Jaan_Tonisson_(Lasteleht), lk 191
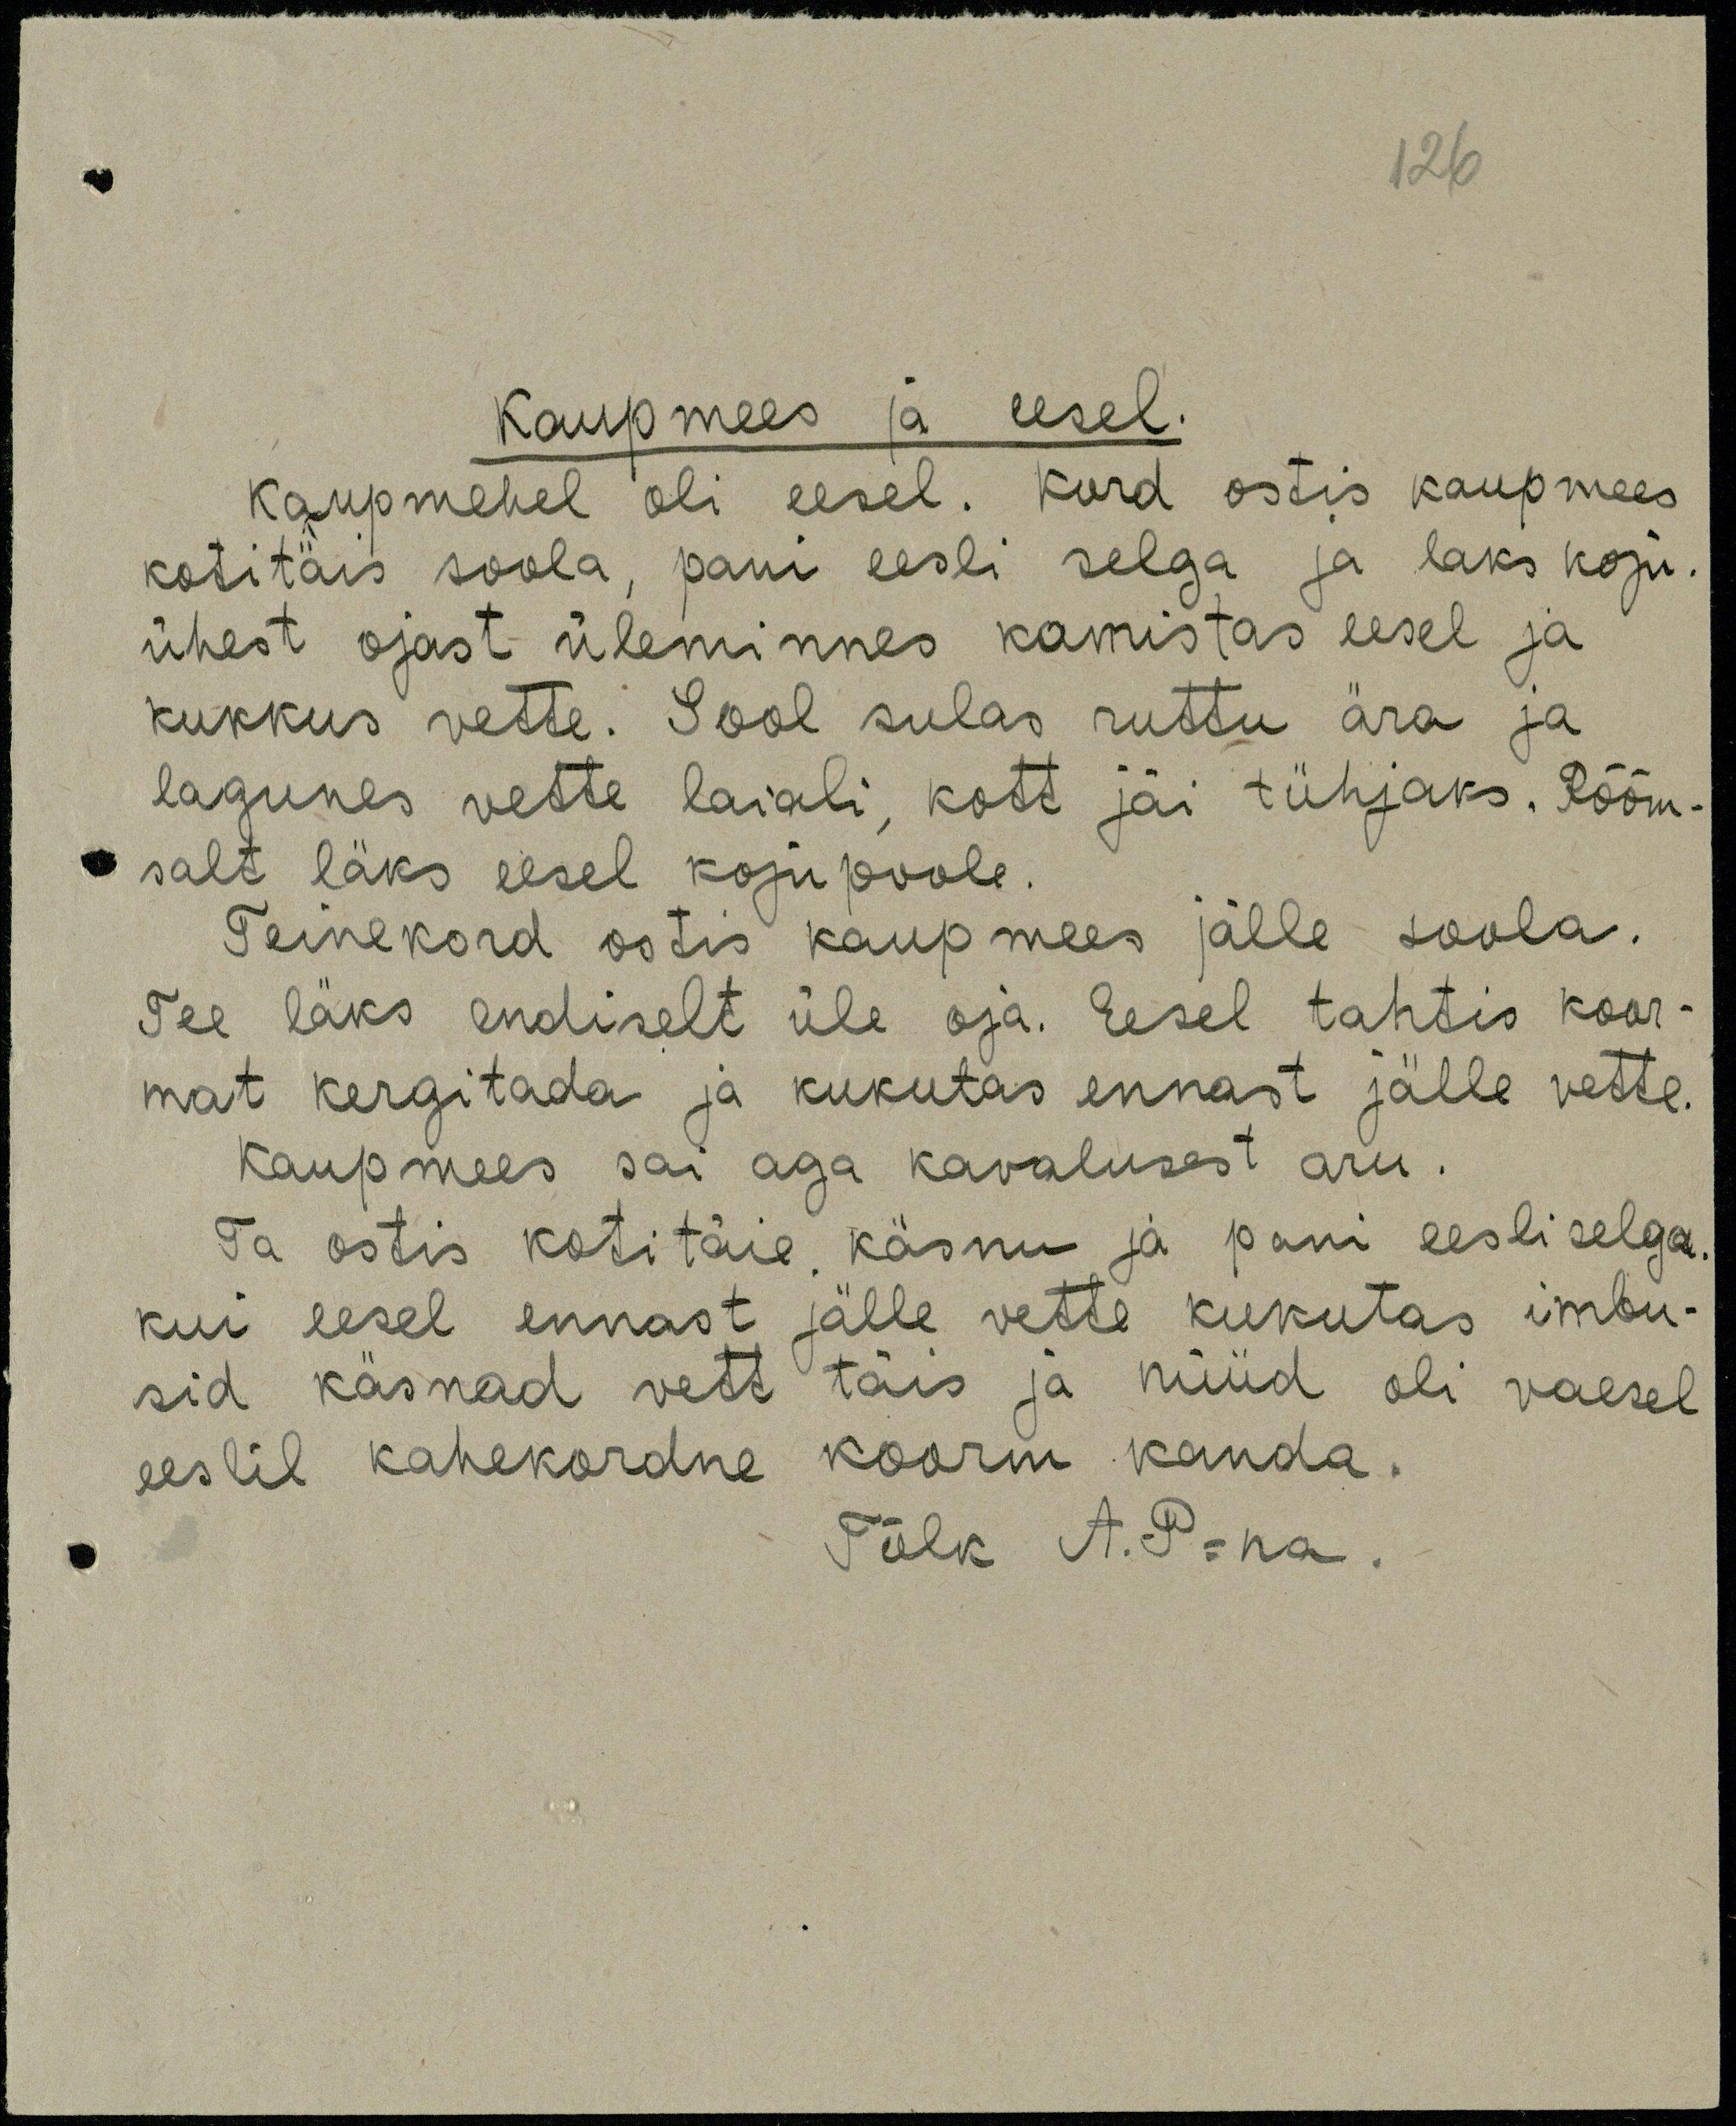
126

Kaupmees ja eesel.
Kaupmehel oli eesel. Kord ostis kaupmees
kotitäis soola, pani eesli selga ja läks koju
ühest ojast üleminnes komistas eesel ja
kukkus vette. Sool sulas ruttu ära ja
lagunes vette laiali, kott jäi tühjaks. Rõõm-
salt läks eesel kojupoole.
Teinekord ostis kaupmees jälle soola.
Tee läks endiselt üle oja. Eesel tahtis koor-
mat kergitada ja kukutas ennast jälle vette.
kaupmees sai aga kavalusest aru.
Ta ostis kotitäie käsnu ja pani eesli selga.
Kui eesel ennast jälle vette kukutas imbu-
sid käsnad vett täis ja nüüd oli vaesel
eeslil kahekordne koorm kanda.
Tõlk A.P-na.